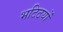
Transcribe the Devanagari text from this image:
भटिठयों